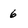
Character: 6